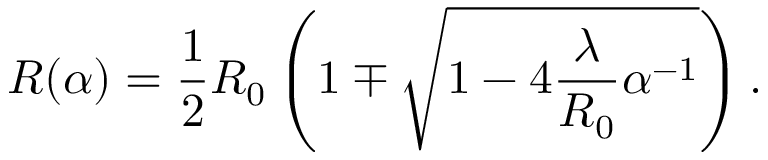
R ( \alpha ) = \frac { 1 } { 2 } R _ { 0 } \left( 1 \mp \sqrt { 1 - 4 \frac { \lambda } { R _ { 0 } } \alpha ^ { - 1 } } \right) .